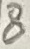
Text: 8